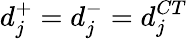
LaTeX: d_{j}^{+}=d_{j}^{-}=d_{j}^{CT}